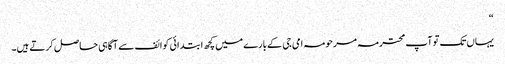
“
یہاں تک تو آپ محترمہ مرحومہ امی جی کے بارے میں کچھ ابتدائی کوائف سے آگاہی حاصل کرتے ہیں۔